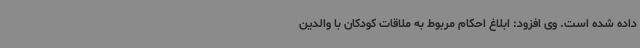
داده شده است. وی افزود: ابلاغ احکام مربوط به ملاقات کودکان با والدین